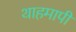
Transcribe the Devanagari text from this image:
थाहमापी